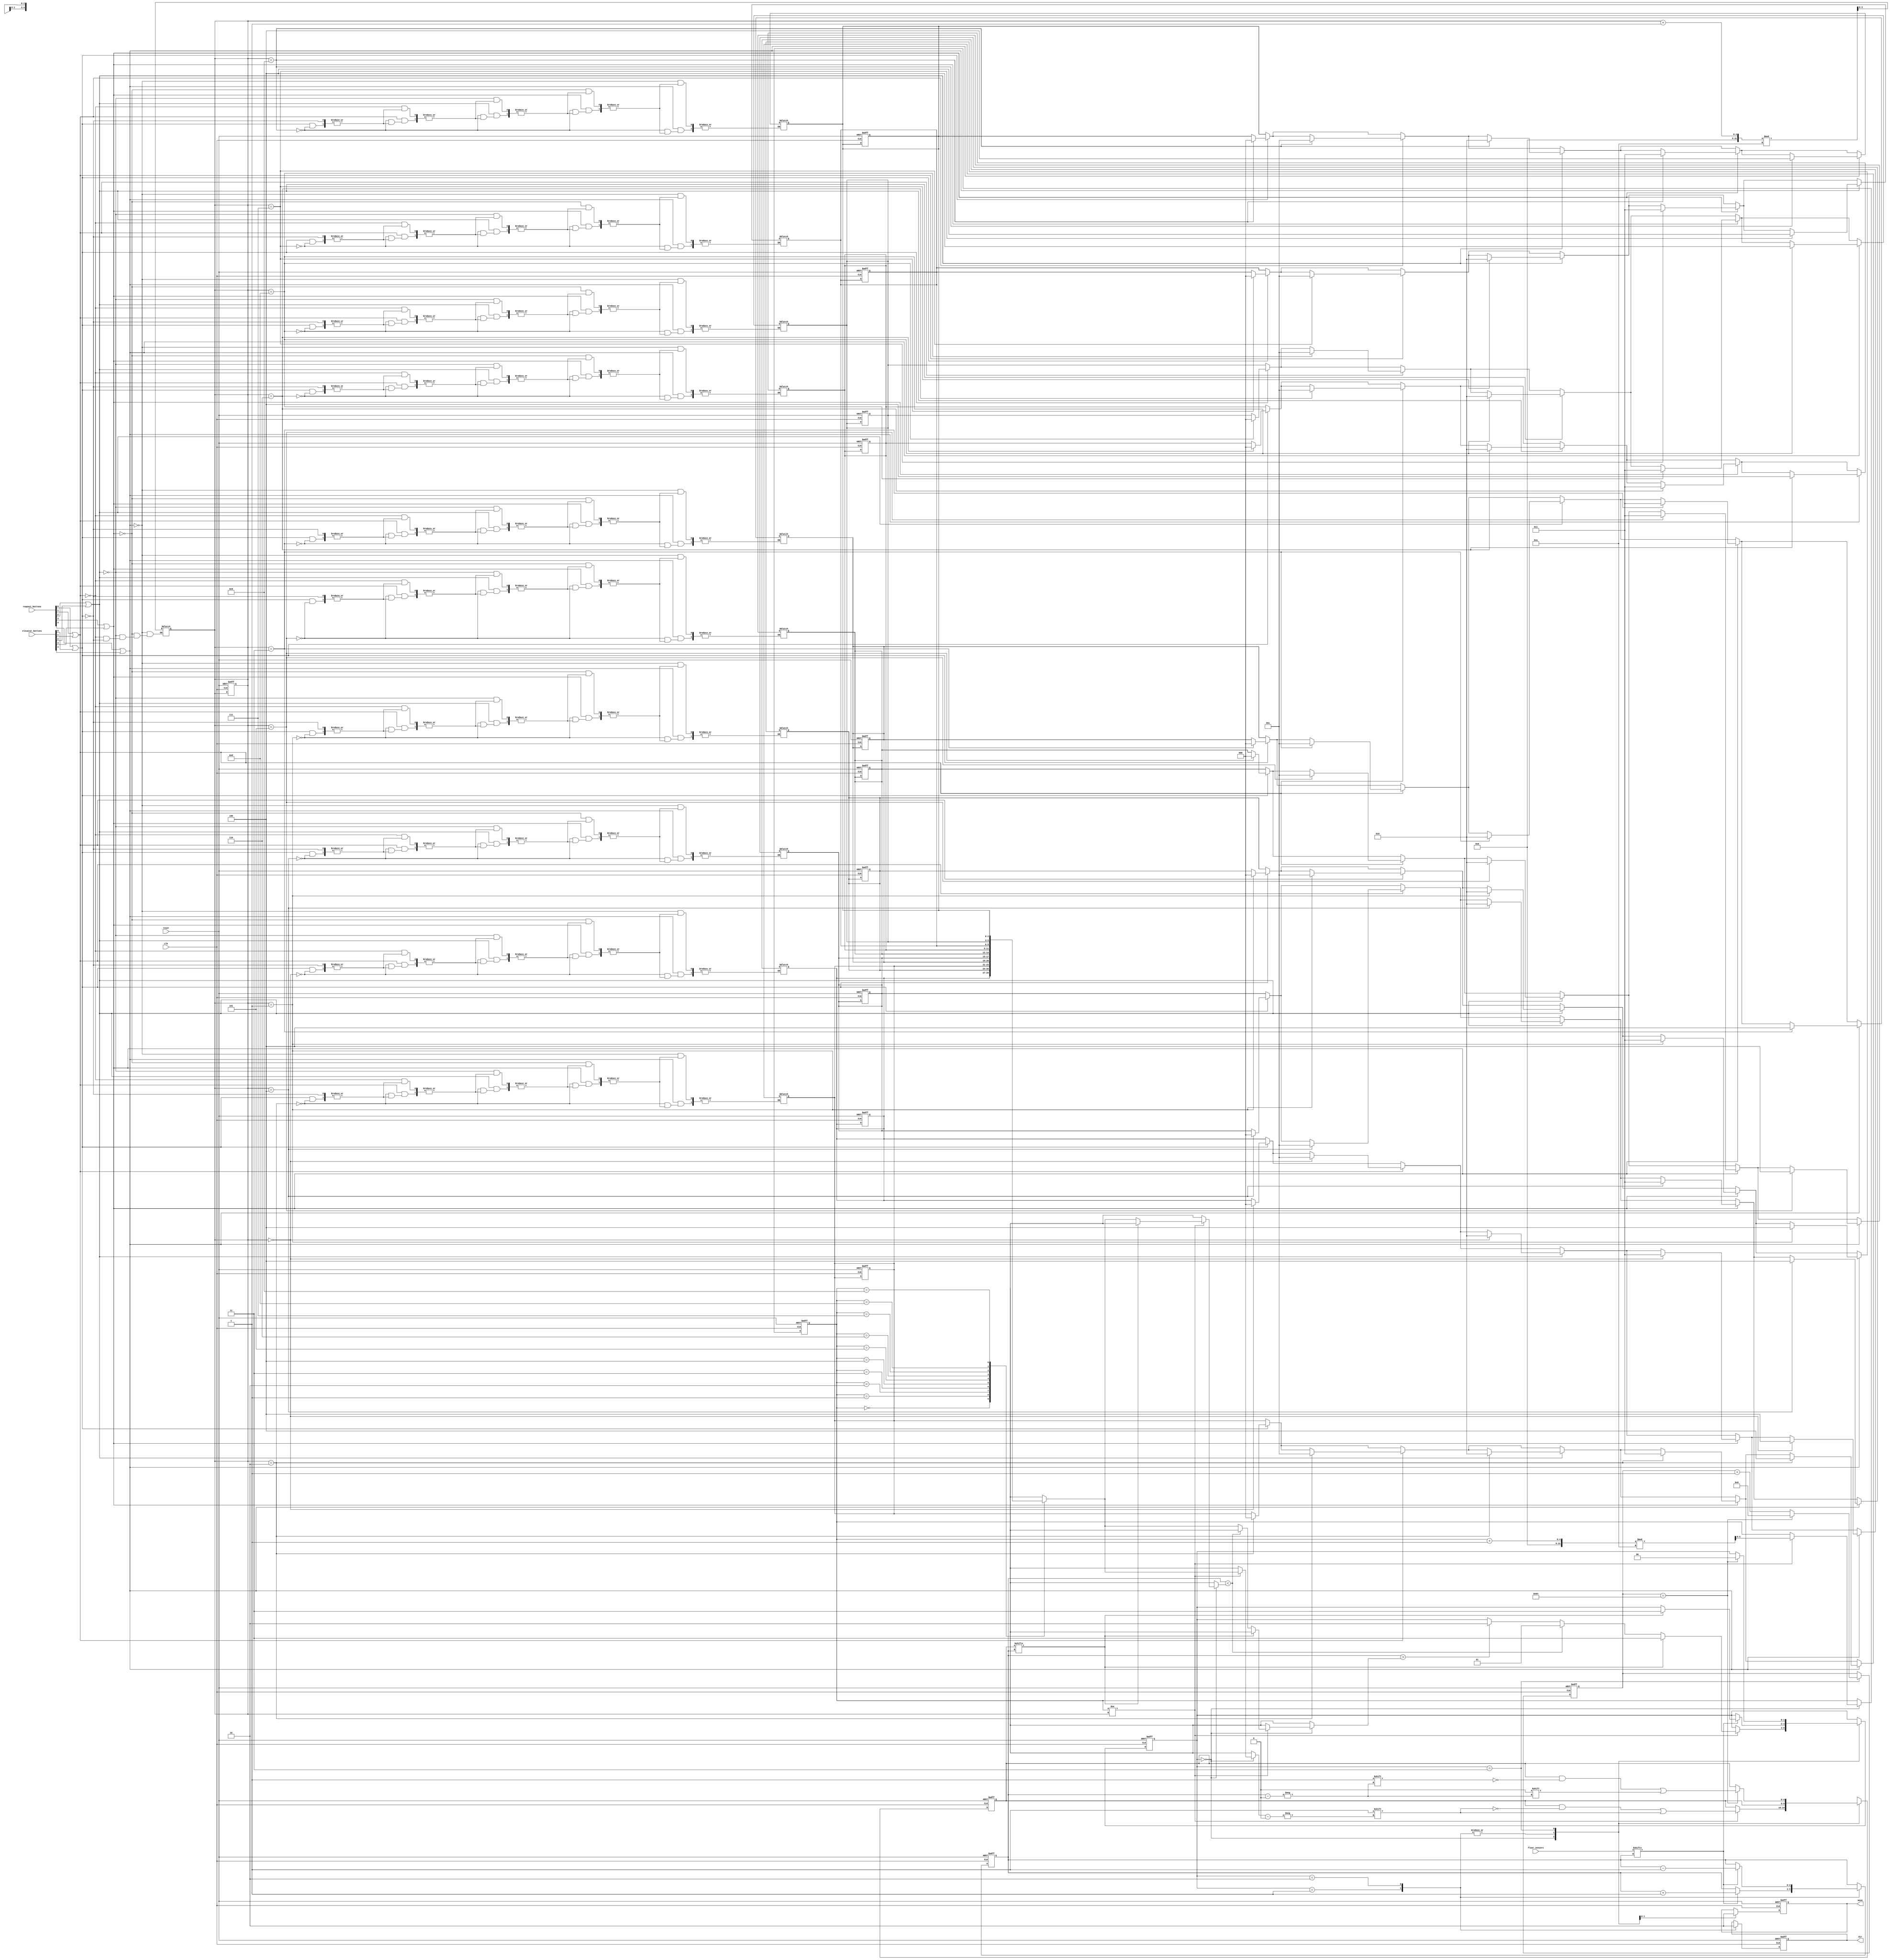
// ElevatorControl.v
module elevatorControl (
    input wire clk,
    input wire reset,
    input wire [4:0] floor_sensors,
    input wire [4:0] request_buttons,
    input wire [4:0] elevator_buttons,
    output reg dir,
    output reg move
);

    parameter  IDLE = 2'b00;
    parameter  MOVING_UP = 2'b01;
    parameter  MOVING_DOWN = 2'b10;
    parameter STOP = 2'b11;

    reg [1:0] state;
    reg [2:0] current_floor;
    reg [4:0] request_list;
    reg [6:0] timer;
    reg [2:0] priority_queue [0:9]; // ?? ?????? ???? ??????? ??????????
    reg [3:0] head; // ?????? ?? ??
    reg [3:0] tail; // ?????? ?? ??
    reg [3:0] i; // ????? ???? ???? ?????? ??

    initial begin
        head = 4'd0;
        tail = 4'd0;
    end
    always @(request_buttons or  elevator_buttons)begin
        for (i = 0; i < 5; i = i + 1) begin
                if (request_buttons[i] == 1'b1 || elevator_buttons[i] == 1'b1) begin
                    priority_queue[tail] <= i;
                    tail <= (tail + 1) % 10; // ????? ???? ??
                end
            end
    end
    always @(posedge clk or posedge reset) begin
        if (reset) begin
            state <= IDLE;
            current_floor <= 3'b000;
            request_list <= 5'b00000;
            timer <= 7'b0000000;
            dir <= 1'b0;
            move <= 1'b0;
            head <= 4'd0;
            tail <= 4'd0;
            for (i = 0; i < 10; i = i + 1) begin
                priority_queue[i] <= 3'b000;
            end
        end else begin
            // ????? ???? ??????????? ???? ?? ?? ??????
           /* for (i = 0; i < 5; i = i + 1) begin
                if (request_buttons[i] == 1'b1 || elevator_buttons[i] == 1'b1) begin
                    priority_queue[tail] <= i;
                    tail <= (tail + 1) % 10; // ????? ???? ??
                end
            end*/

            case (state)
                IDLE: begin
                    if (head != tail) begin
                        request_list[priority_queue[head]] <= 1'b1;
                        head <= (head + 1) % 10; // ????? ???? ??
                        if (request_list[current_floor]) begin
                            state <= STOP;
                        end else begin
                            if (current_floor < priority_queue[head]) begin
                                state <= MOVING_UP;
                            end else if (current_floor > priority_queue[head]) begin
                                state <= MOVING_DOWN;
                            end
                        end
                    end
                end
                MOVING_UP: begin
                    dir <= 1'b1;
                    move <= 1'b1;
                    if (floor_sensors[current_floor ]) begin
                        current_floor <= current_floor + 1;
                        if (request_list[current_floor]) begin
                            state <= STOP;
                        end
                    end
                end
                MOVING_DOWN: begin
                    dir <= 1'b0;
                    move <= 1'b1;
                    if (floor_sensors[current_floor ]) begin
                        current_floor <= current_floor - 1;
                        if (request_list[current_floor]) begin
                            state <= STOP;
                        end
                    end
                end
                STOP: begin
                    move <= 1'b0;
                    timer <= timer + 1;
                    if (timer == 100) begin
                        request_list[current_floor] <= 1'b0;
                        timer <= 7'b0000000;
                            state <= IDLE;
                            
                        
                    end
                end
            endcase
        end
    end
endmodule